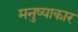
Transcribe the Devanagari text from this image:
मनुष्याकार